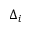
\Delta _ { i }